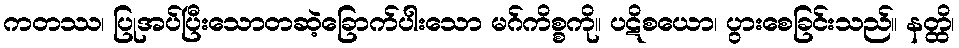
ကတဿ၊ ပြုအပ်ပြီးသောတဆဲ့ခြောက်ပါးသော မဂ်ကိစ္စကို။ ပဋိစယော၊ ပွားစေခြင်းသည်။ နတ္ထိ၊